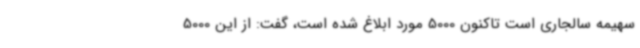
سهیمه سالجاری است تاکنون 5000 مورد ابلاغ شده است، گفت: از این 5000